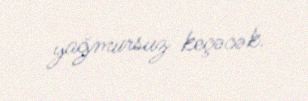
yağmursuz keçəcək.